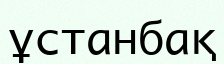
ұстанбақ